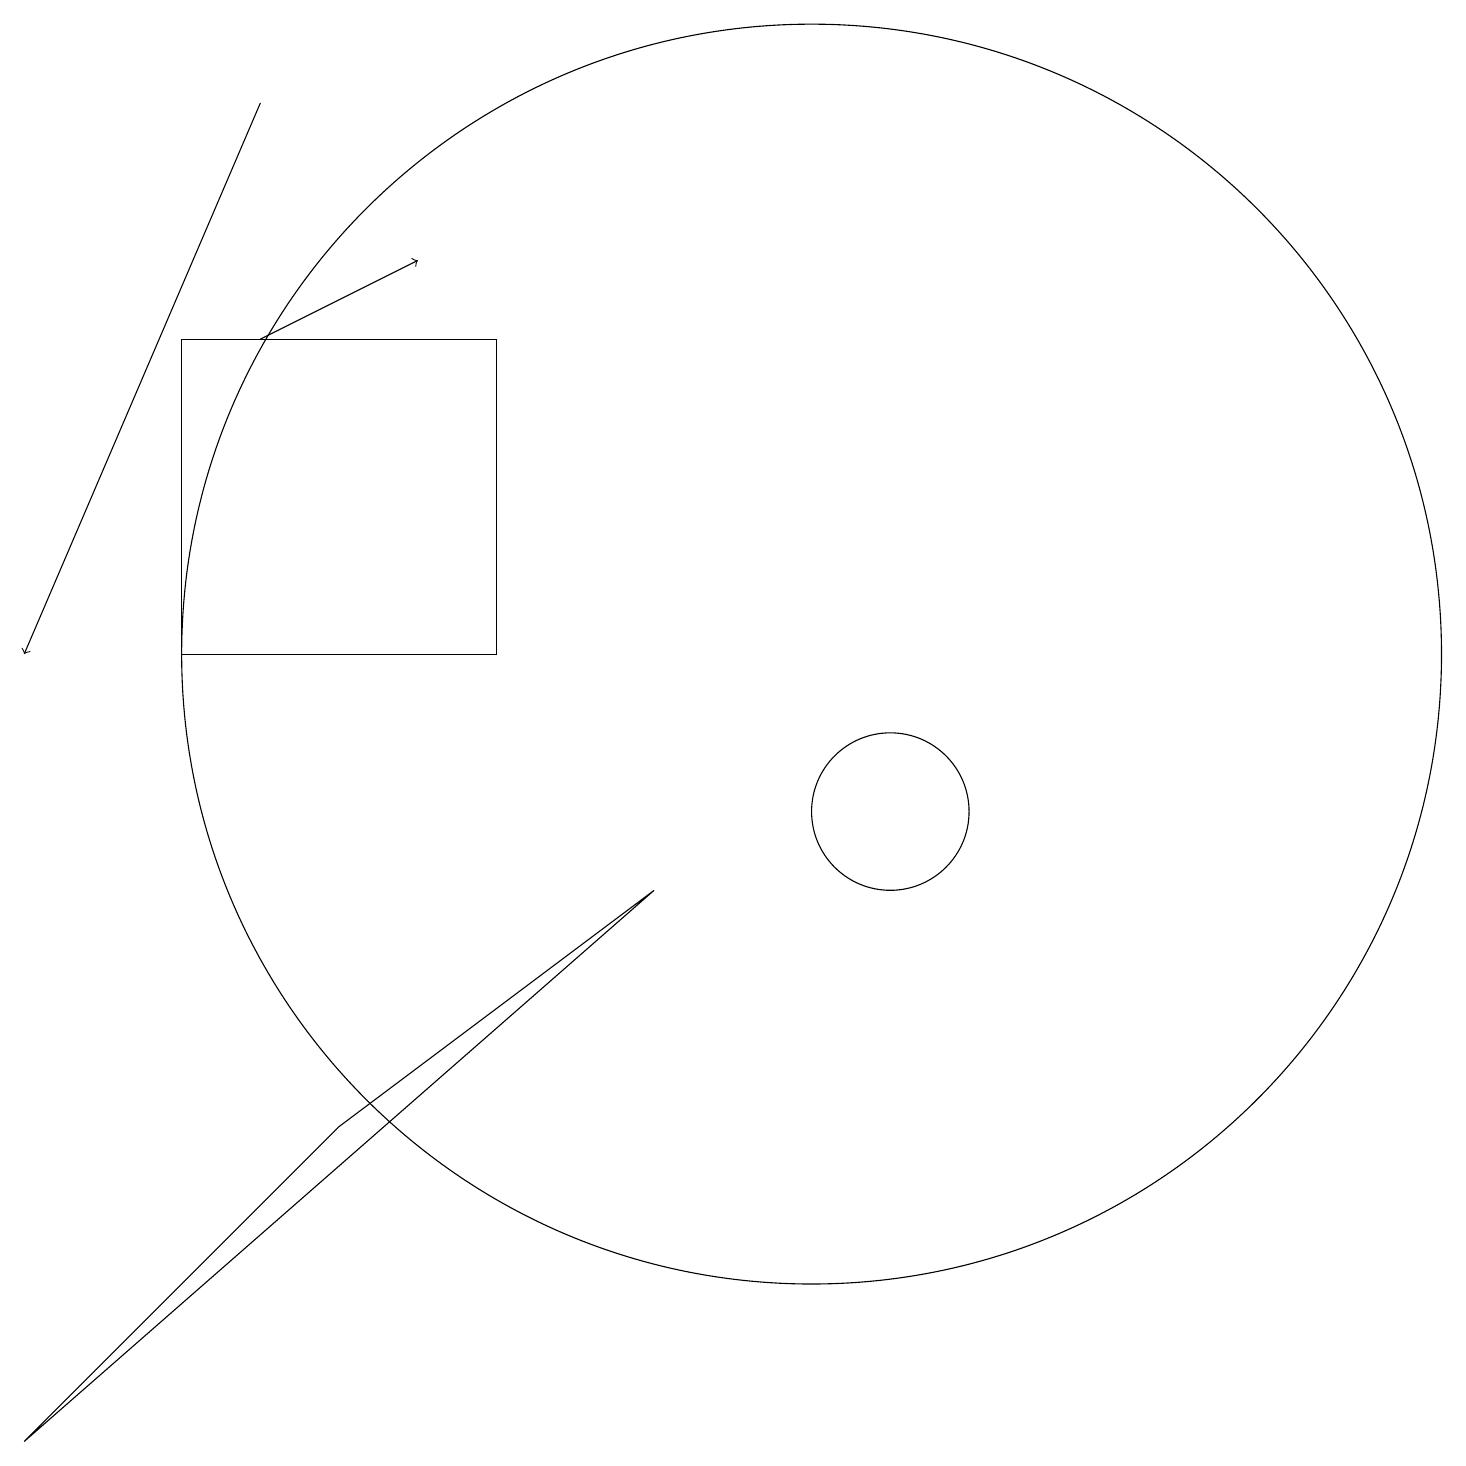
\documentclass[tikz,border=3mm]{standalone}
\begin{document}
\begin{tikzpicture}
\draw (8,9) -- (0,2) -- (4,6) -- cycle;
\draw[->] (3,16) -- (5,17);
\draw[->] (3,19) -- (0,12);
\draw (10,12) circle (8);
\draw (2,12) rectangle (6,16);
\draw (11,10) circle (1);
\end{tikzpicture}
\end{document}